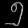
Digit: ၅